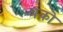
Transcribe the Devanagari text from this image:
बंको